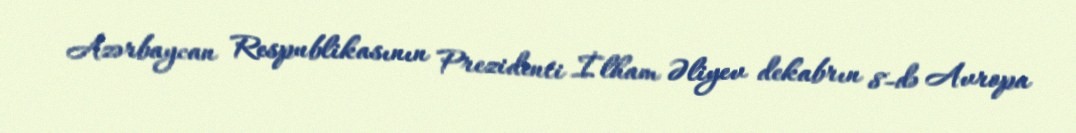
Azərbaycan Respublikasının Prezidenti İlham Əliyev dekabrın 8-də Avropa